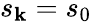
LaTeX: s_{\mathbf{k}}=s_{0}